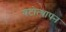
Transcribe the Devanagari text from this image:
घटोत्थापन